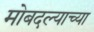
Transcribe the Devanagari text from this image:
मोबदल्याच्या